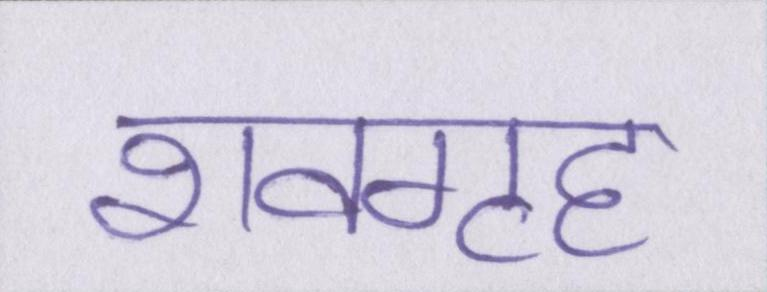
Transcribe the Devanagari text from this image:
शवगृह